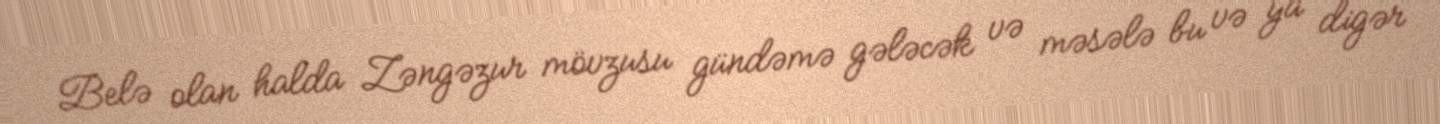
Belə olan halda Zəngəzur mövzusu gündəmə gələcək və məsələ bu və ya digər